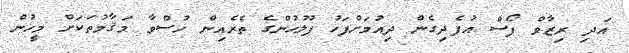
އަދި ރިޒާވް ފޯސް އުފެދިގެން ދިއުމަށްފަހު ފުލުހުންގެ ތެރެއިން ހުސްވާ މަޤާމުތަކަށް މީހުން